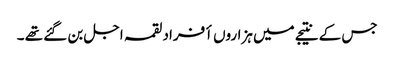
جس کے نتیجے میں ہزاروں أفراد لقمہ اجل بن گئے تھے ۔